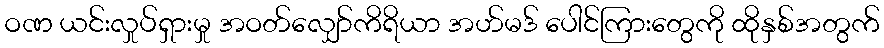
ဝဏ ယင်းလှုပ်ရှားမှု အဝတ်လျှော်ကိရိယာ အဟ်မဒ် ပေါင်ကြားတွေကို ထိုနှစ်အတွက်